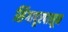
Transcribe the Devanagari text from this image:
सिंगापूरपासून